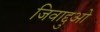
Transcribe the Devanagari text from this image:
जिवाद्दुओ